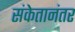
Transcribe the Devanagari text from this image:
संकेतानंतर